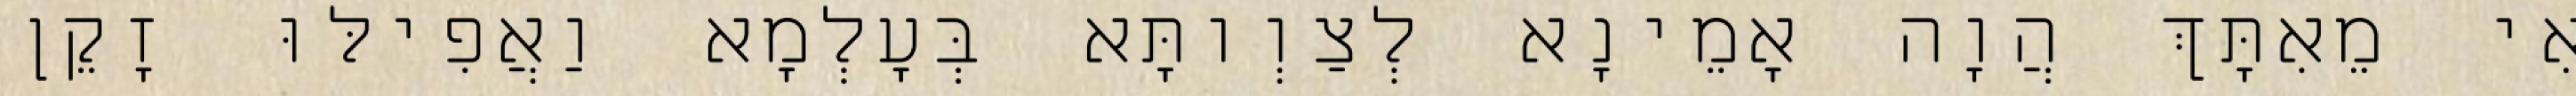
אִי מֵאִתָּךְ הֲוָה אָמֵינָא לְצַוְותָּא בְּעָלְמָא וַאֲפִילּוּ זָקֵן